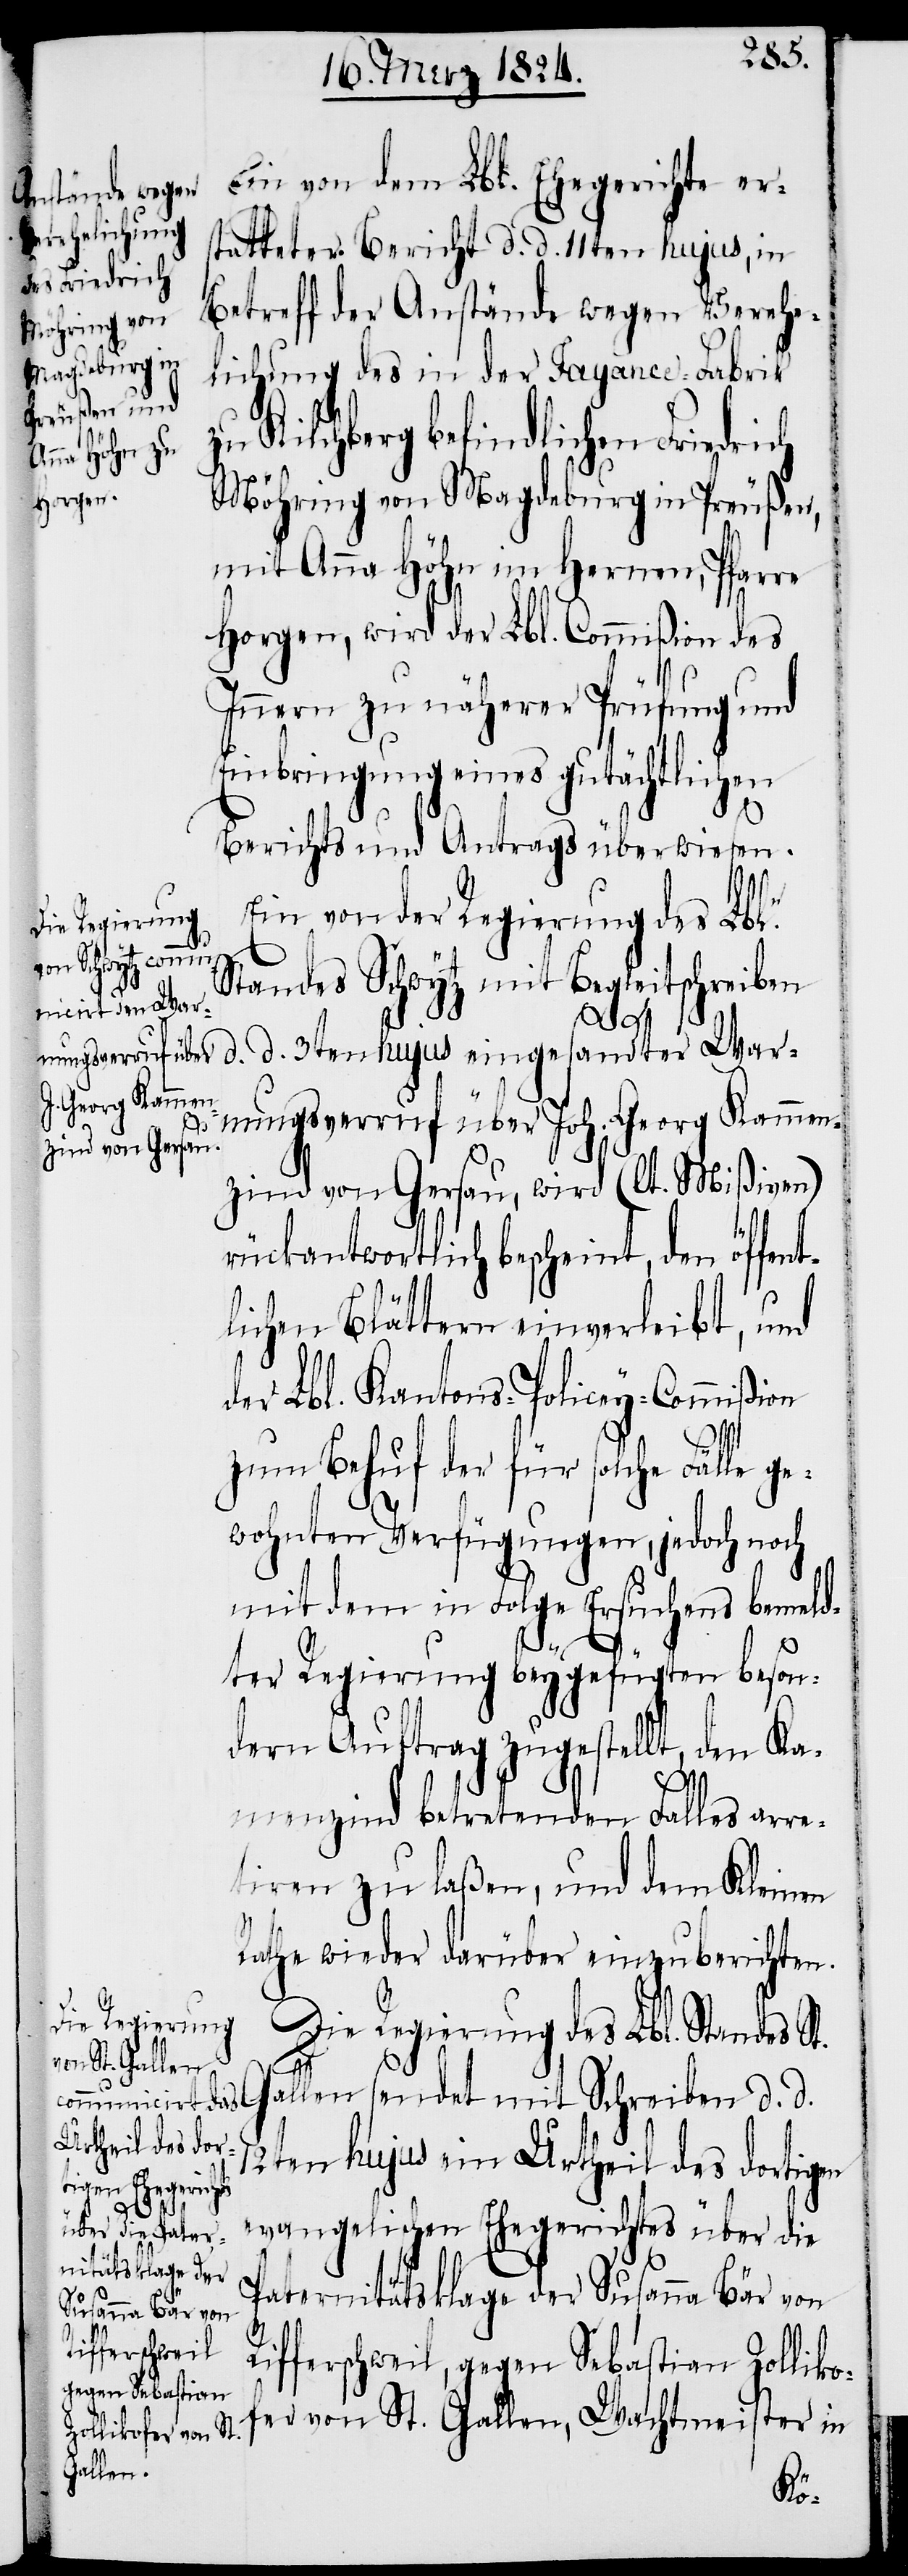
Ein von dem Lbl. Ehegerichte er¬
statteter Bericht d. d. 11ten hujus, in
Betreff der Anstände wegen Verehe¬
lichung des in der Fayence-Fabrik
zu Kilchberg befindlichen Friedri¬
Möhring von Magdeburg in Preußen,
mit Anna Höhn im Hernen, Pfarre
Horgen, wird der Lbl. Commißion des
Innern zu näherer Prüfung und
Einbringung eines gutächtlichen
Berichts und Antrags überwiesen.
Ein von der Regierung des Lbl.
Standes Schwytz mit Begleitschreiben
d. d. 3ten hujus eingesandter War¬
nungsverruf über Joh. Georg Kammen¬
zind von Gersau, wird (lt. Mißiven)
rückantwortlich bescheint, den öffent¬
lichen Blättern einverleibt, und
der Lbl. Kantons-Policey-Commißion
zum Behuf der für solche Fälle g¬
ewohnten Verfügungen, jedoch noch
mit dem in Folge Ersuchens bemeld¬
ter Regierung beygefügten beson¬
dern Auftrag zugestellt, den Ka¬
ch
menzind betretenden Falles arre¬
stiren zu laßen, und dem Kleinen
Rathe wieder darüber einzuberichten.
Die Regierung des Lbl. Standes St.
Gallen sendet mit Schreiben d. d.
12ten hujus ein Urtheil des dortigen
evangelischen Ehegerichtes über die
Paternitätsklage des Susanna Bär von
Rifferschweil, gegen Sebastian Zolliko¬
fer von St. Gallen, Wachtmeister in